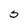
Character: 5